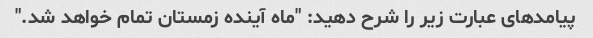
پیامدهای عبارت زیر را شرح دهید: "ماه آینده زمستان تمام خواهد شد."